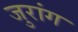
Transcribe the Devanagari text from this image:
जुरांग